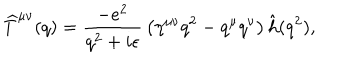
LaTeX: \widehat T ^ { \mu \nu } ( q ) = { \frac { - e ^ { 2 } } { q ^ { 2 } + i \epsilon } } \left( \eta ^ { \mu \nu } q ^ { 2 } - q ^ { \mu } q ^ { \nu } \right) \hat { h } ( q ^ { 2 } ) ,